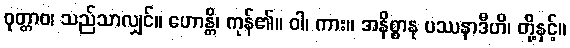
ဝုတ္တာဝ၊ သည်သာလျှင်။ ဟောန္တိ၊ ကုန်၏။ ဝါ၊ ကား။ အနိစ္စာနု ပဿနာဒီဟိ၊ တို့နှင့်။